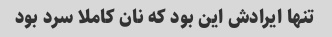
تنها ایرادش این بود که نان کاملا سرد بود